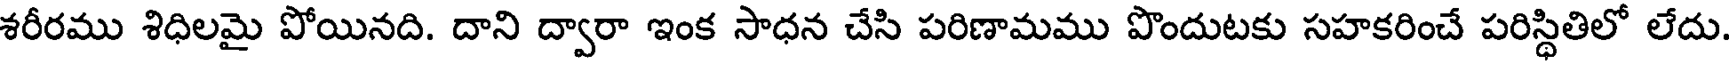
శరీరము శిధిలమై పోయినది. దాని ద్వారా ఇంక సాధన చేసి పరిణామము పొందుటకు సహకరించే పరిస్థితిలో లేదు.